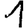
Digit: 1